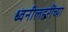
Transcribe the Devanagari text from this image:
ध्वनीलहरींच्या